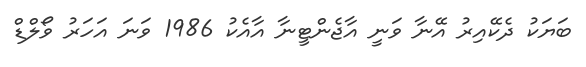
ބަޔަކު ދެކޭއިރު އޭނާ ވަނީ އާޖެންޓީނާ އާއެކު 1986 ވަނަ އަހަރު ވޯލްޑް